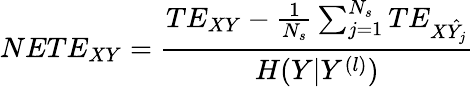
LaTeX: NETE_{XY}=\frac{TE_{XY}-\frac{1}{N_{s}}\sum_{j=1}^{N_{s}}TE_{X\hat{Y_{j}}}}{H(Y|Y^{(l)})}